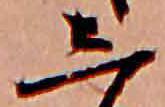
し